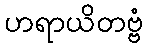
ဟရာယိတဗ္ဗံ